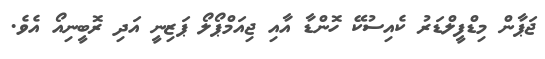
ޖަޕާން މިޑްފީލްޑަރު ކެއިސުކޭ ހޮންޑާ އާއި ޖިއަމްޕޯލޯ ޕަޒިނީ އަދި ރޮބީނިއޯ އެވެ.